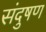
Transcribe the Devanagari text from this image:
संदुषण